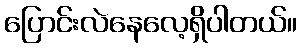
ပြောင်းလဲနေလေ့ရှိပါတယ်။